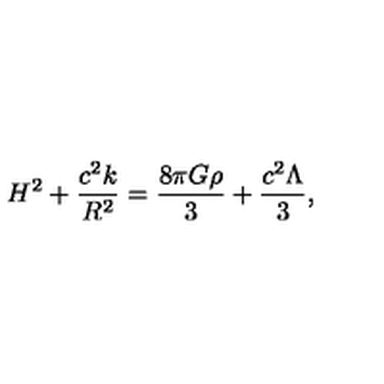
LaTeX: H ^ { 2 } + \frac { c ^ { 2 } k } { R ^ { 2 } } = \frac { 8 \pi G \rho } { 3 } + \frac { c ^ { 2 } \Lambda } { 3 } ,